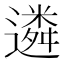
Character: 遴